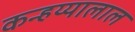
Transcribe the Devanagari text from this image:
कन्हय्यालाल